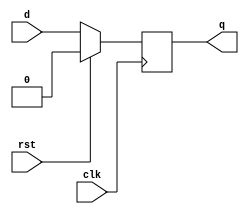
module dff(clk,rst,d,q);
input clk,rst,d;
output q;
reg q;
always @(negedge clk)
begin
if(rst)
q<=1'b0;
else
q<=d;
end 
endmodule